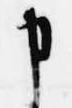
申